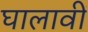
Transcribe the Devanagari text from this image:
घालावीं